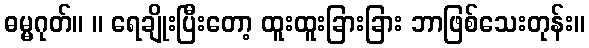
ဓမ္မဂုတ်။ ။ ရေချိုးပြီးတော့ ထူးထူးခြားခြား ဘာဖြစ်သေးတုန်း။